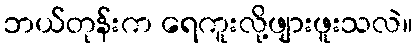
ဘယ်တုန်းက ရေကူးလို့ဖျားဖူးသလဲ။